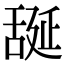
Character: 𦧝